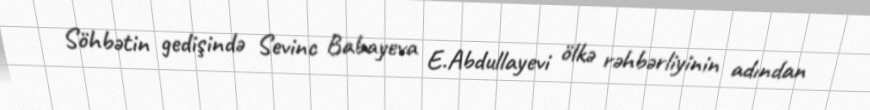
Söhbətin gedişində Sevinc Babayeva E.Abdullayevi ölkə rəhbərliyinin adından